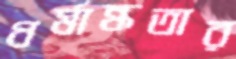
ধর্মান্ধতার